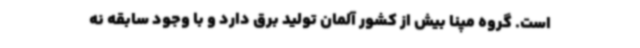
است. گروه مپنا بیش از کشور آلمان تولید برق دارد و با وجود سابقه نه